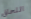
اللحاق